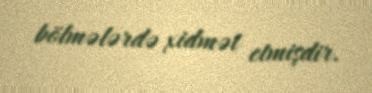
bölmələrdə xidmət etmişdir.